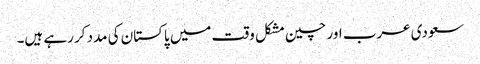
سعودی عرب اور چین مشکل وقت میں پاکستان کی مدد کر رہے ہیں۔